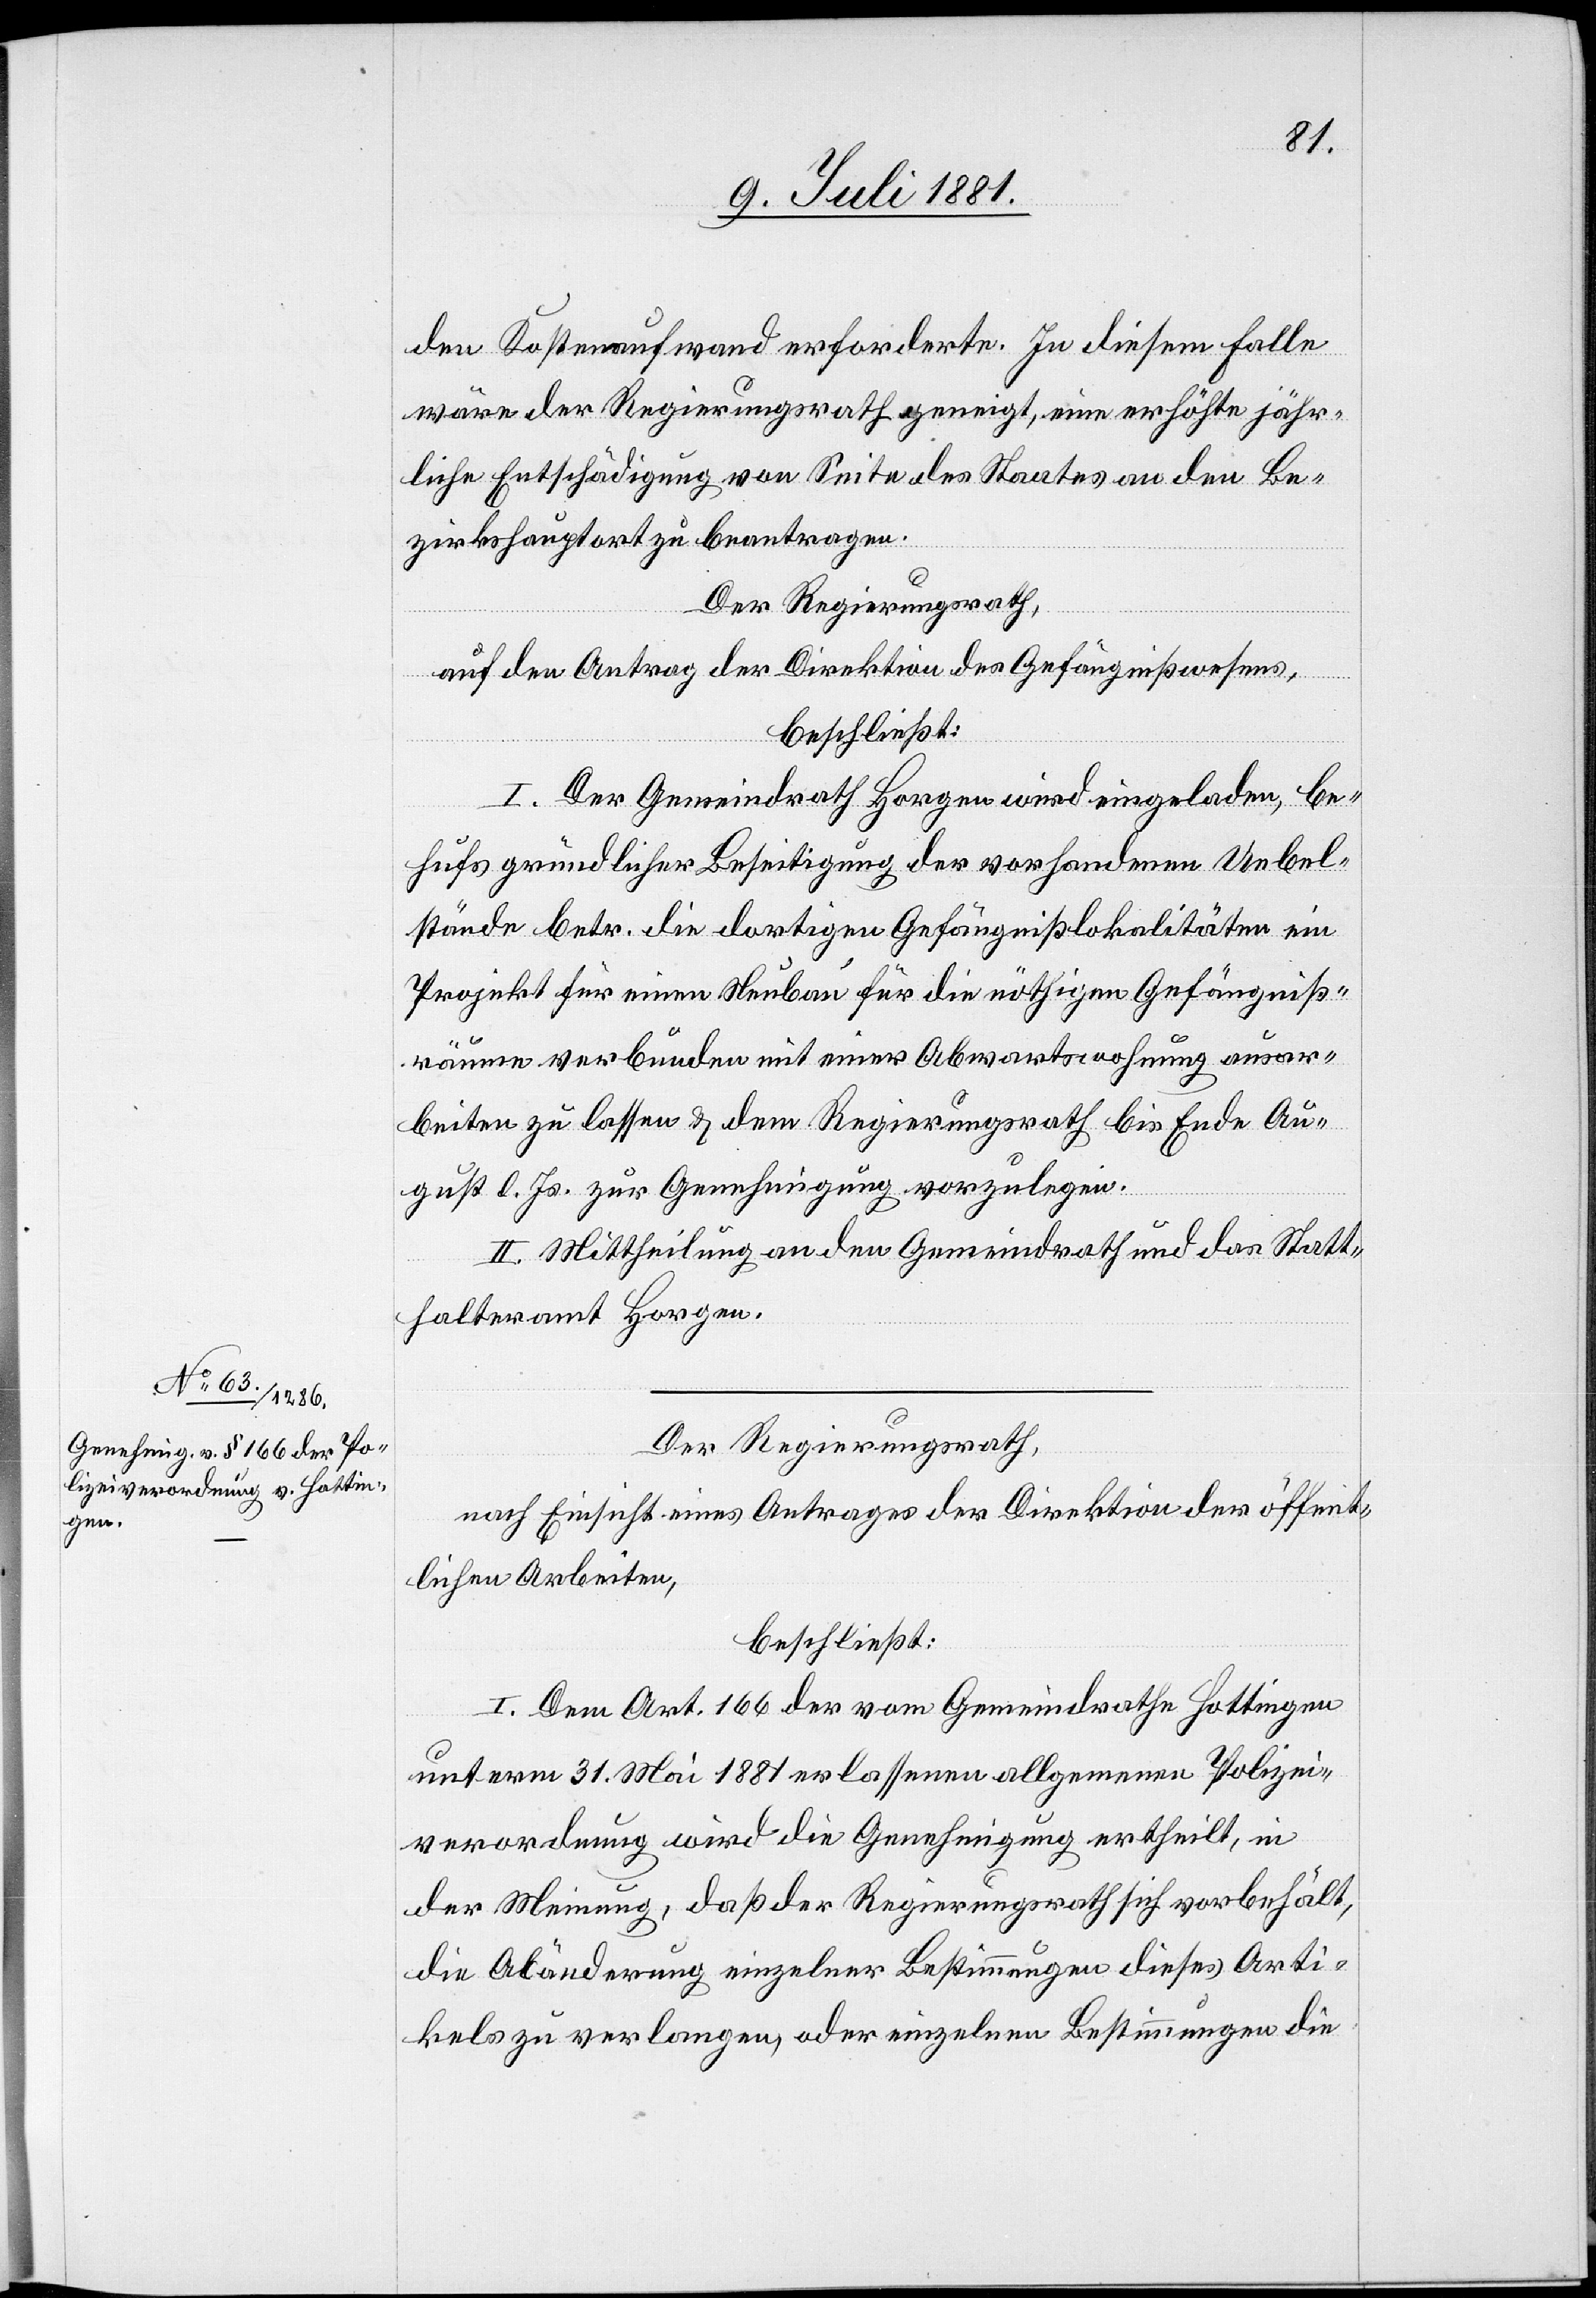
den Kostenaufwand erforderte. In diesem Falle
wäre der Regierungsrath geneigt, eine erhöhte jähr¬
liche Entschädigung von Seite des Staates an den Be¬
zirkshauptort zu beantragen.
Der Regierungsrath,
auf den Antrag der Direktion des Gefängißwesens,
beschließt:
I. Der Gemeindrath Horgen wird eingeladen, be¬
hufs gründlicher Besichtigung der vorhandenen Uebel¬
stände betr. die dortigen Gefängißlokalitäten ein
Projekt für einen Neubau für die nöthigen Gefängniß¬
räume verbunden mit einer Abwartswohnung ausar¬
beiten zu lassen & dem Regierungsrath bis Ende Au¬
gust d. Js. zur Genehmigung vorzulegen.
II. Mittheilung an den Gemeindrath und das Statt¬
halteramt Horgen.
Der Regierungsrath,
nach Einsicht eines Antrages der Direktion der öffent¬
lichen Arbeiten,
beschließt:
I. Dem Art. 166 der vom Gemeindrathe Hottingen
unterm 31. Mai 1881 erlassenen allgeme[i]nen Polizei¬
verordnung wird die Genehmigung ertheilt, in
der Meinung, daß der Regierungsrath sich vorbehält,
die Abänderung einzelner Bestimmungen dieses Arti¬
kels zu verlangen, oder einzelnen Bestimmungen die